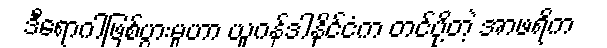
ဒီရောဂါဖြစ်ပွားမှုဟာ ယူဂန်ဒါနိုင်ငံက တင်ပို့တဲ့ အာဖရိက